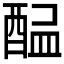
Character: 𨡇